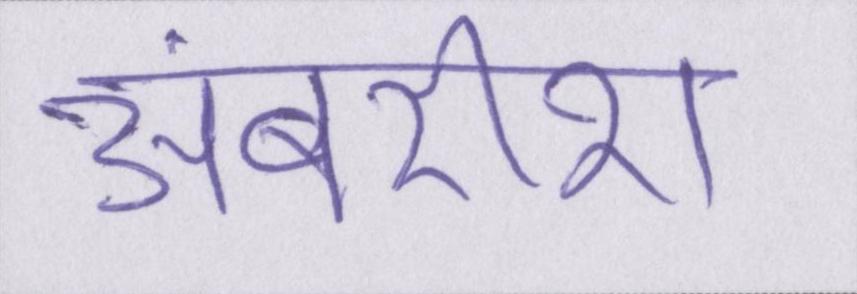
अंबरीश